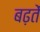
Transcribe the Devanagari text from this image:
बढ़तें